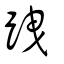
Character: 跩